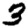
Digit: 3